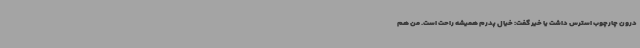
درون چارچوب استرس داشت یا خیر گفت: خیال پدرم همیشه راحت است. من هم